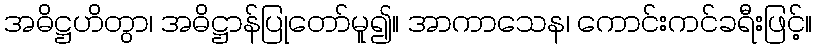
အဓိဋ္ဌဟိတွာ၊ အဓိဋ္ဌာန်ပြုတော်မူ၍။ အာကာသေန၊ ကောင်းကင်ခရီးဖြင့်။